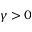
\gamma > 0